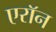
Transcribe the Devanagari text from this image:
एराॅन